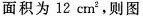
面积为12cm^{2}，则图